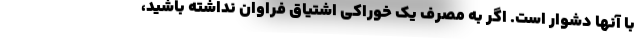
با آنها دشوار است. اگر به مصرف یک خوراکی اشتیاق فراوان نداشته باشید،